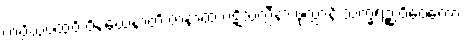
ကပ္ပိယပထဝိံ ဝိနယေနာတိ ဇာနာထ ပဋိသလ္လီနာ ဖုလ္လာနိ သက္ခရဉ္စ ဝိဝေကော